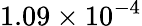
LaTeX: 1.09\times 10^{-4}